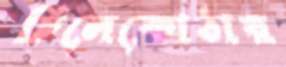
চিলেকোঠায়